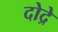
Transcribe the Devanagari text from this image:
दोद्रे